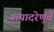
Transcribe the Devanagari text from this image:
यत्पादरेणुर्वै